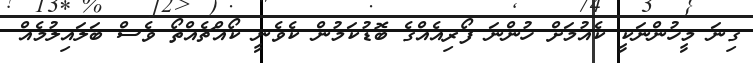
ގިނަ މީހުންނަކީ ކެއުމަށް ހުންނަ ފޯރިއެއްގެ ބޮޑުކަމުން ކެވެނީ ކޯއްޗެއްތޯ ވެސް ބަލައިލުމެއް